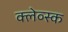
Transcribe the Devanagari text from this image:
क्लेव्स्क